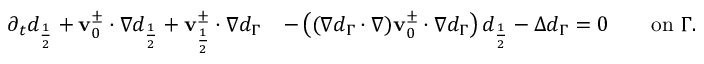
\begin{array} { r l } { \partial _ { t } d _ { \frac { 1 } { 2 } } + \mathbf { v } _ { 0 } ^ { \pm } \cdot \nabla d _ { \frac { 1 } { 2 } } + \mathbf { v } _ { \frac { 1 } { 2 } } ^ { \pm } \cdot \nabla d _ { \Gamma } } & { - \left( ( \nabla d _ { \Gamma } \cdot \nabla ) \mathbf { v } _ { 0 } ^ { \pm } \cdot \nabla d _ { \Gamma } \right) d _ { \frac { 1 } { 2 } } - \Delta d _ { \Gamma } = 0 \qquad \mathrm { o n ~ } \Gamma . } \end{array}